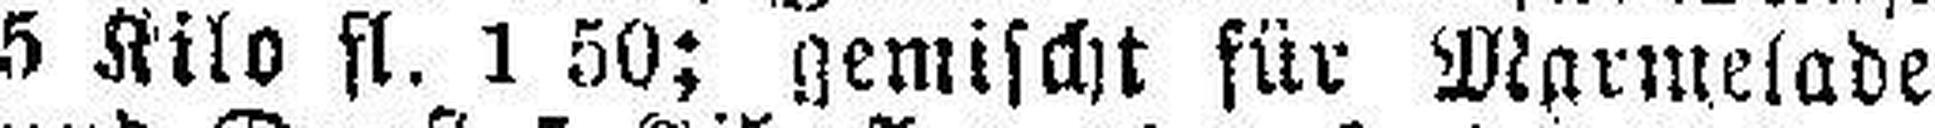
5 Kilo fl. 1 50; gemischt für Marmelade